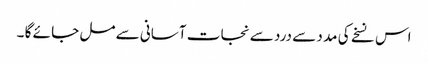
اس نسخے کی مد د سے درد سے نجا ت آسانی سے مل جا ئے گا ۔